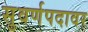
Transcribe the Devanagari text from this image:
सुवर्णपदावर